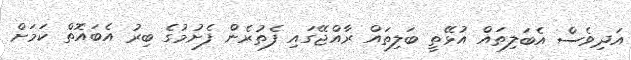
އަދިވެސް އެބަލިތައް އުޅޭތީ ބަލިތައް ރާއްޖޭގައި ފެތުރެން ފެށުމުގެ ބިރު އެބައޮތް ކަމަށް